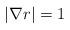
LaTeX: \begin{align*}| \nabla r | =1\end{align*}